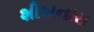
શીખનારા